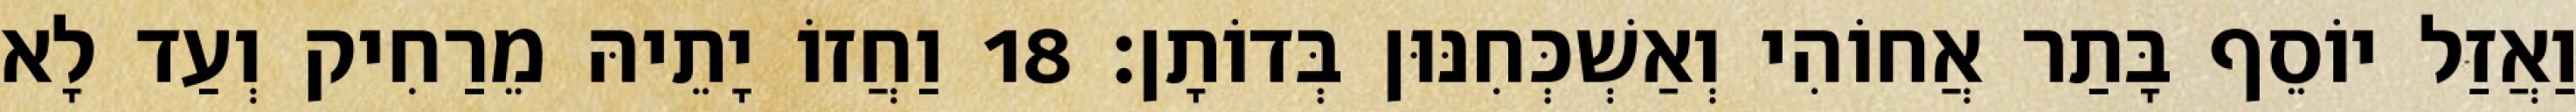
וַאֲזַל יוֹסֵף בָּתַר אֲחוֹהִי וְאַשְׁכְּחִנּוּן בְּדוֹתָן׃ 18 וַחֲזוֹ יָתֵיהּ מֵרַחִיק וְעַד לָא